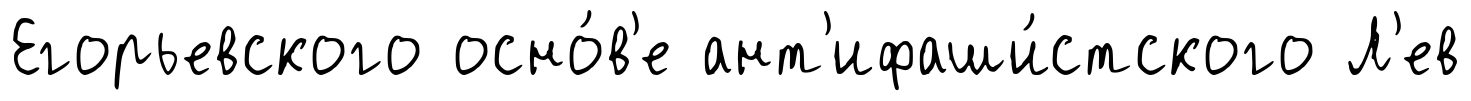
Егорьевского осно́в'е ант'ифаши́стского Л'ев